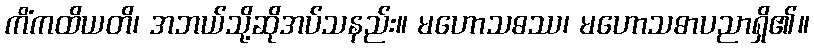
ကိံကထိယတိ၊ အဘယ်သို့ဆိုအပ်သနည်း။ မဟောသဓဿ၊ မဟောသဓာပညာရှိ၏။